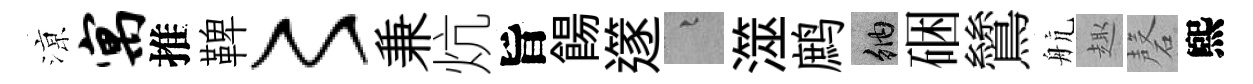
鿌寓推鞞〻兼炕旨餳𨗹融澨鹧納硱鷥航趣磬煕